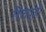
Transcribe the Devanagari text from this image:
शिवपूजी